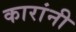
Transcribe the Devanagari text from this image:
कारांनी